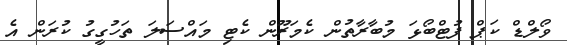
ވޯލްޑް ކަޕް ފުޓްބޯޅަ މުބާރާތުން ކެމަރޫން ކެޓި މައްސަލަ ތަހުގީގު ކުރަން އެ